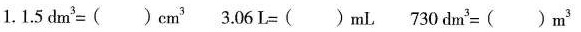
1.$$1 . 5 d m ^ { 3 } = ( ) c m ^ { 3 }$$ $$3 . 0 6 L = ( ) m L$$ $$7 3 0 d m ^ { 3 } = ( ) m ^ { 3 }$$